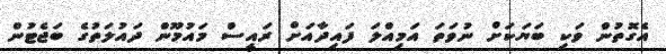
އެގޮތުން ވަކި ބަޔަކަށް ނުވަތަ އަމިއްލަ ފައިދާއަށް ރައީސް މައުމޫން ދައުލަތުގެ ބަޖެޓުން